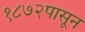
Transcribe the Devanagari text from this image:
१८७२पासून